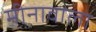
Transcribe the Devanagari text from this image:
मीनावाला